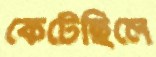
কেটেছিলে